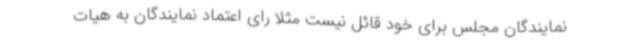
نمایندگان مجلس برای خود قائل نیست مثلا رای اعتماد نمایندگان به هیات